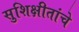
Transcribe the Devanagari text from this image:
सुशिक्षीतांचे